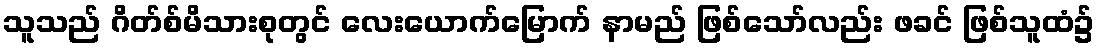
သူသည် ဂိတ်စ်မိသားစုတွင် လေးယောက်မြောက် နာမည် ဖြစ်သော်လည်း ဖခင် ဖြစ်သူထံ၌